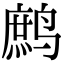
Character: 鹧